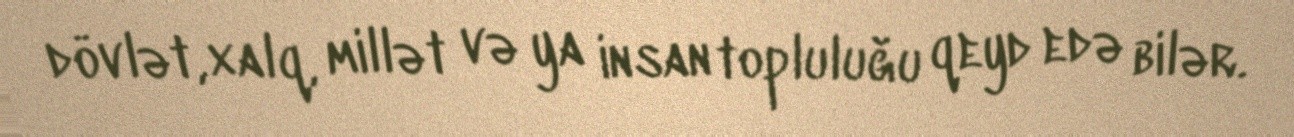
dövlət, xalq, millət və ya insan topluluğu qeyd edə bilər.